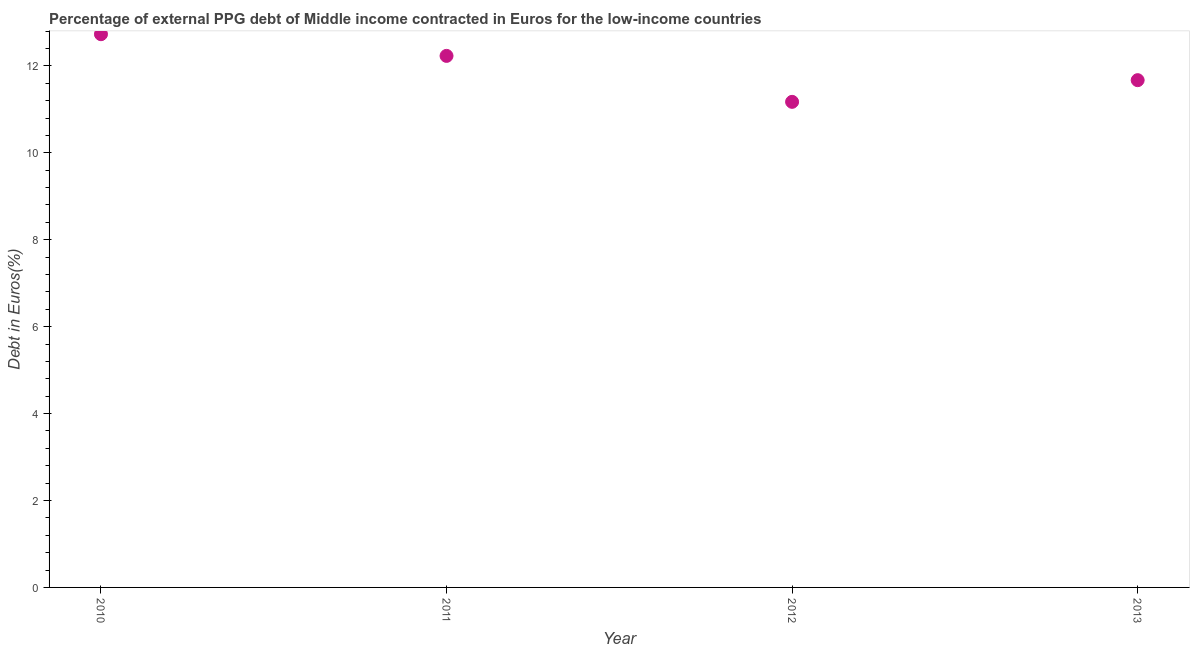
| Year | Currency composition of PPG debt |
 | --- | --- |
 | 2010 | 12.7 |
 | 2011 | 12.2 |
 | 2012 | 11.2 |
 | 2013 | 11.7 |